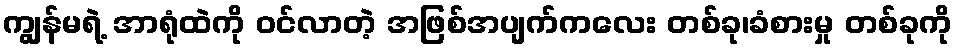
ကျွန်မရဲ့ အာရုံထဲကို ဝင်လာတဲ့ အဖြစ်အပျက်ကလေး တစ်ခု၊ခံစားမှု တစ်ခုကို